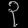
Digit: ၃